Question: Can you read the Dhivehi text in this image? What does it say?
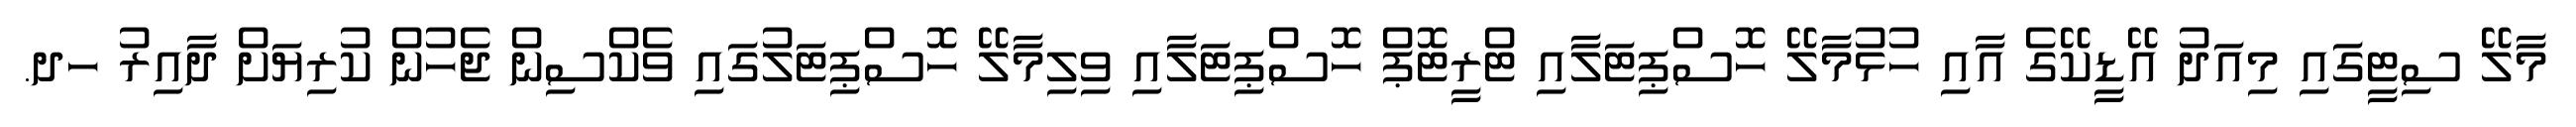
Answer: މާލޭ ސިޓީގައި މިއަދު އޭޑީކޭގެ އާއި ހުޅުމާލޭ ހޮސްޕިޓަލާއި ޓްރީޓޮޕް ހޮސްޕިޓަލާއި ވިލިމާލޭ ހޮސްޕިޓަލުގައި ވެކްސިން ޖެހުން ކުރިޔަށް ދާއިރު ހދ.